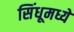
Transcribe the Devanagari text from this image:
सिंधूमध्ये